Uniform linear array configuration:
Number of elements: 48
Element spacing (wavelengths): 0.5
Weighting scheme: hann
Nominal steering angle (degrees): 45
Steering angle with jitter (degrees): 44.634
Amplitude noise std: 0.05
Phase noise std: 0.05

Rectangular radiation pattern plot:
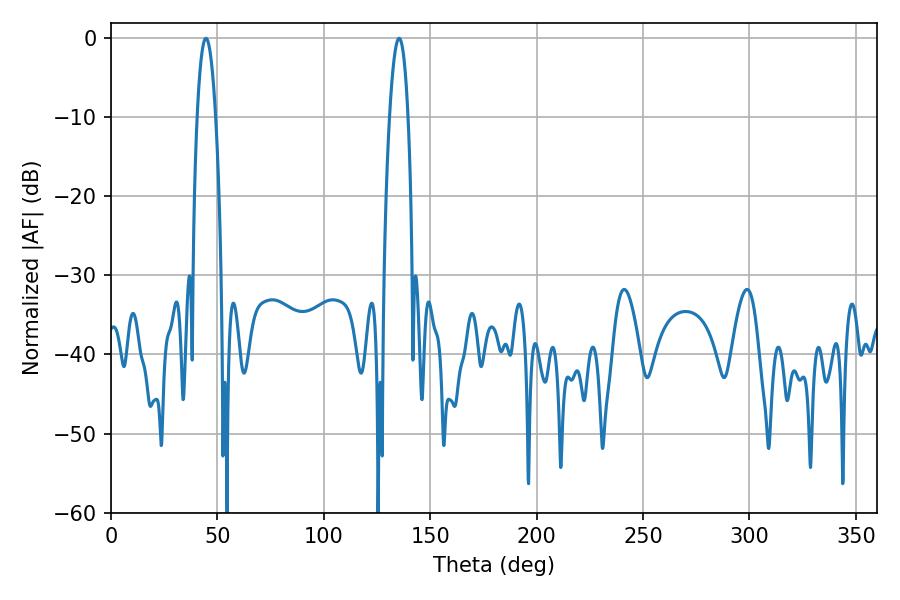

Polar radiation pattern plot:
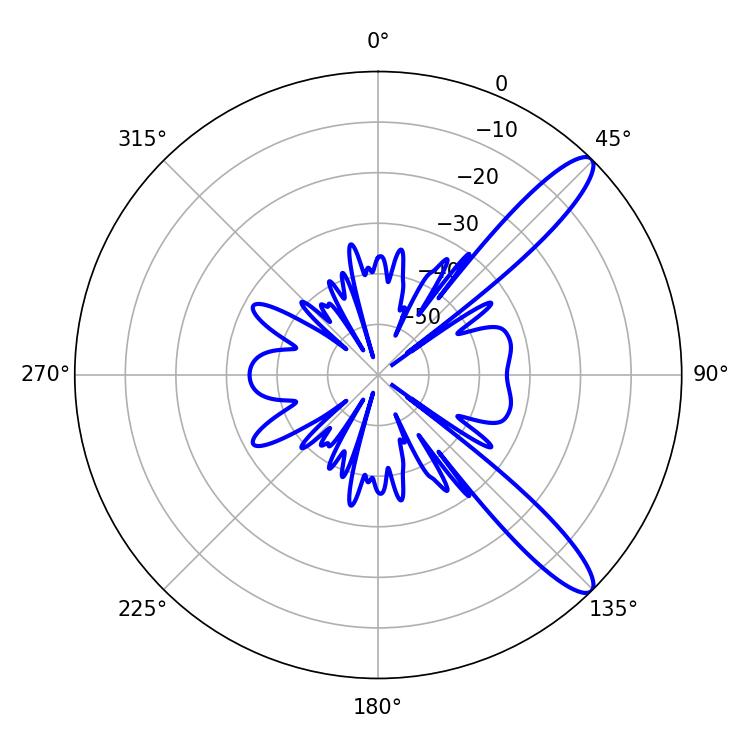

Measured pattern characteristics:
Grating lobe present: FALSE
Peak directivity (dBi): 11.955
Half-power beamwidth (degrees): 4.86
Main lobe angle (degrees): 44.64